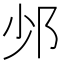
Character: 𨙹